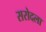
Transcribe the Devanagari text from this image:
सरोदला